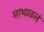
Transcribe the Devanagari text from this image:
साभाळलं